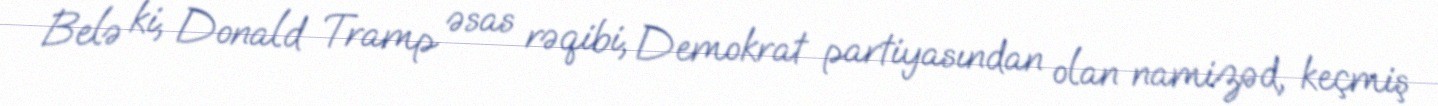
Belə ki, Donald Tramp əsas rəqibi, Demokrat partiyasından olan namizəd, keçmiş